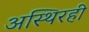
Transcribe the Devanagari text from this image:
अस्थिरही